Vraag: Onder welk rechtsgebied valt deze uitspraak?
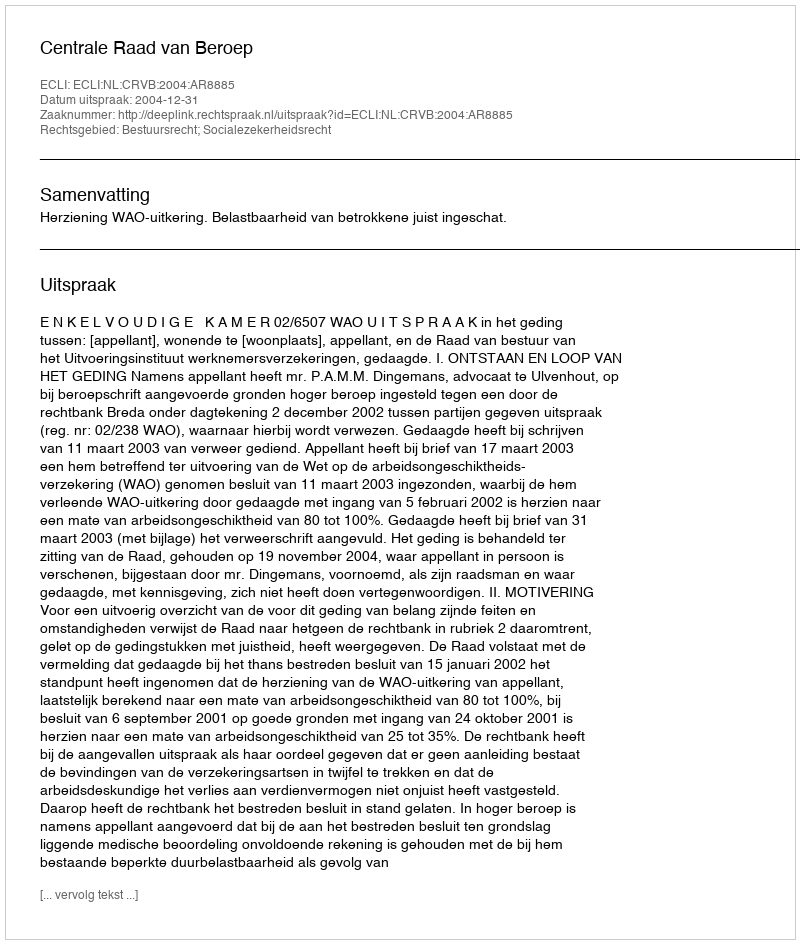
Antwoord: Bestuursrecht; Socialezekerheidsrecht